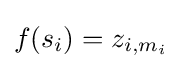
f(s_{i})=z_{i,m_{i}}